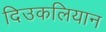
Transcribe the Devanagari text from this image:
दिउकलियान